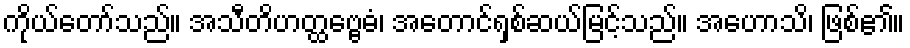
ကိုယ်တော်သည်။ အသီတိဟတ္ထဗ္ဗေဓံ၊ အတောင်ရှစ်ဆယ်မြင့်သည်။ အဟောသိ၊ ဖြစ်၏။